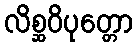
လိစ္ဆဝိပုတ္တော